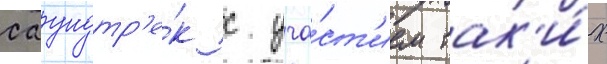
саундтр'е́к с уча́ст'ием так'и́х